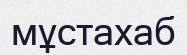
мұстахаб